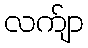
လက်ျာ